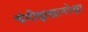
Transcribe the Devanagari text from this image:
चंगीझखानपेक्षा